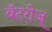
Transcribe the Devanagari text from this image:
बॅटरीज्